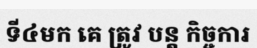
ទី៤មក គេ ត្រូវ បន្ត កិច្ចការ